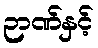
ဉာဏ်နှင့်